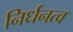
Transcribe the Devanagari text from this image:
निर्धनत्व